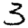
Digit: 3